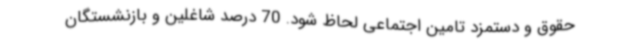
حقوق و دستمزد تامین اجتماعی لحاظ شود. 70 درصد شاغلین و بازنشستگان